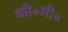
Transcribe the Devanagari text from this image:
की॰मी॰